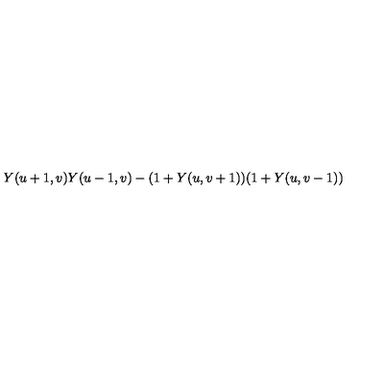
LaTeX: Y ( u + 1 , v ) Y ( u - 1 , v ) - ( 1 + Y ( u , v + 1 ) ) ( 1 + Y ( u , v - 1 ) )